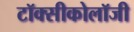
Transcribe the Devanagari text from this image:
टॉक्सीकोलॉजी